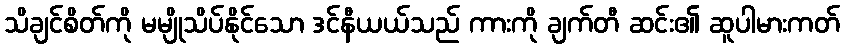
သိချင်စိတ်ကို မမျိုသိပ်နိုင်သော ဒင်နီယယ်သည် ကားကို ချက်တီ ဆင်း၏ ဆူပါမားကတ်